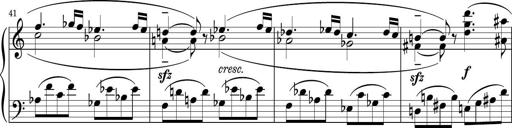
Title: Sonatina PandemÃ³nium
Composer: VÃ­ctor Carbajo
Key: C major